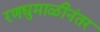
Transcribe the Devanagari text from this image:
रणधुमाळीनंतर